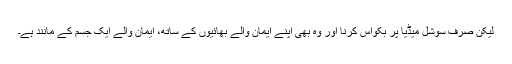
لیکن صرف سوشل میڈیا پر بکواس کرنا اور وہ بھی اپنے ایمان والے بھائیوں کے ساتھ، ایمان والے ایک جسم کے مانند ہے۔